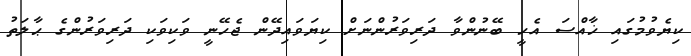
ކިޔެވުމުގައި ޚާއްސަ އެހީ ބޭނުންވާ ދަރިވަރުންނަށް ކިޔަވައިދޭން ޖެހޭނީ ވަކިވަކި ދަރިވަރުންގެ ޙާލަތު